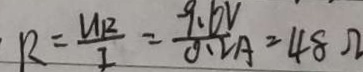
R = \frac { U _ { 2 } } { I } = \frac { 9 . 6 V } { 0 . 2 A } = 4 8 \Omega